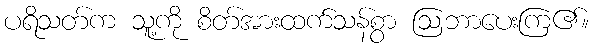
ပရိသတ်က သူ့ကို စိတ်အားထက်သန်စွာ ဩဘာပေးကြ၏။